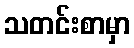
သတင်းစာမှာ